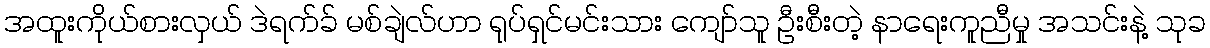
အထူးကိုယ်စားလှယ် ဒဲရက်ခ် မစ်ချဲလ်ဟာ ရုပ်ရှင်မင်းသား ကျော်သူ ဦးစီးတဲ့ နာရေးကူညီမှု အသင်းနဲ့ သုခ